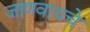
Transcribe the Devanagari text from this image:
जाणवायचे